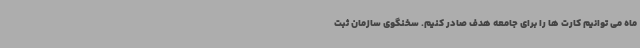
ماه می توانیم کارت ها را برای جامعه هدف صادر کنیم. سخنگوی سازمان ثبت